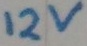
Text: 12v